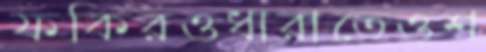
ফকিরওধারাতেওশ